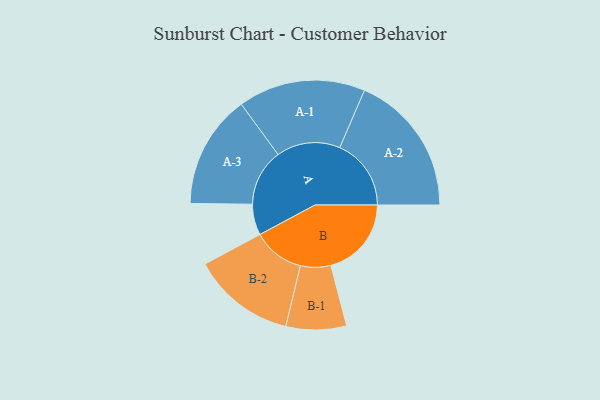
{"axis": {"x": "Segment", "y": "Value"}, "legend": ["", "A", "B"], "data": [{"x": "A", "y": 121, "type": ""}, {"x": "B", "y": 315, "type": ""}, {"x": "A-1", "y": 249, "type": "A"}, {"x": "A-2", "y": 279, "type": "A"}, {"x": "A-3", "y": 222, "type": "A"}, {"x": "B-1", "y": 118, "type": "B"}, {"x": "B-2", "y": 202, "type": "B"}]}